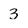
Character: 3